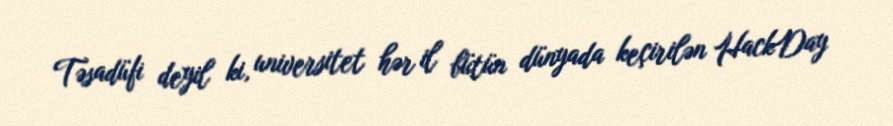
Təsadüfi deyil ki, universitet hər il bütün dünyada keçirilən HackDay